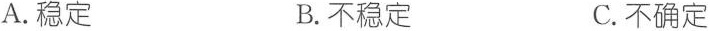
A.稳定 B.不稳定 C.不确定